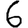
Digit: 6